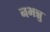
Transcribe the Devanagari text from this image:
नभन्नु